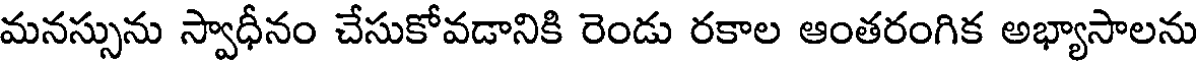
మనస్సును స్వాధీనం చేసుకోవడానికి రెండు రకాల ఆంతరంగిక అభ్యాసాలను